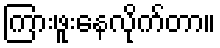
ကြားဖူးနေလိုက်တာ။